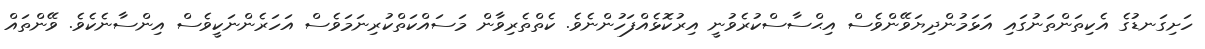
ހަށިގަނޑުގެ އެކިތަންތަނުގައި އަޅަމުންދިޔަވޭންވެސް އިޙްސާސްކުރެވުނީ އިރުކޮޅެއްފަހުންނެވެ. ކެތްތެރިވާން މަސައްކަތްކުރިނަމަވެސް އަހަރެންނަކީވެސް އިންސާނެކެވެ. ވޭންތައް